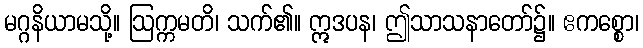
မဂ္ဂနိယာမသို့။ ဩက္ကမတိ၊ သက်၏။ ဣဒပန၊ ဤသာသနာတော်၌။ ဧကစ္စော၊